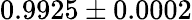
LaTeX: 0.9925\pm 0.0002